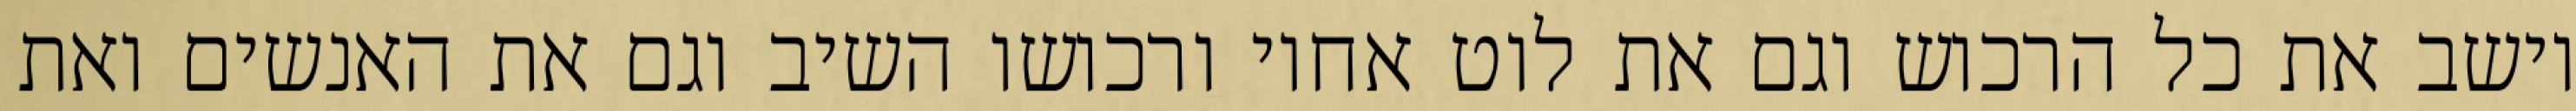
וישב את כל הרכוש וגם את לוט אחיו ורכושו השיב וגם את האנשים ואת